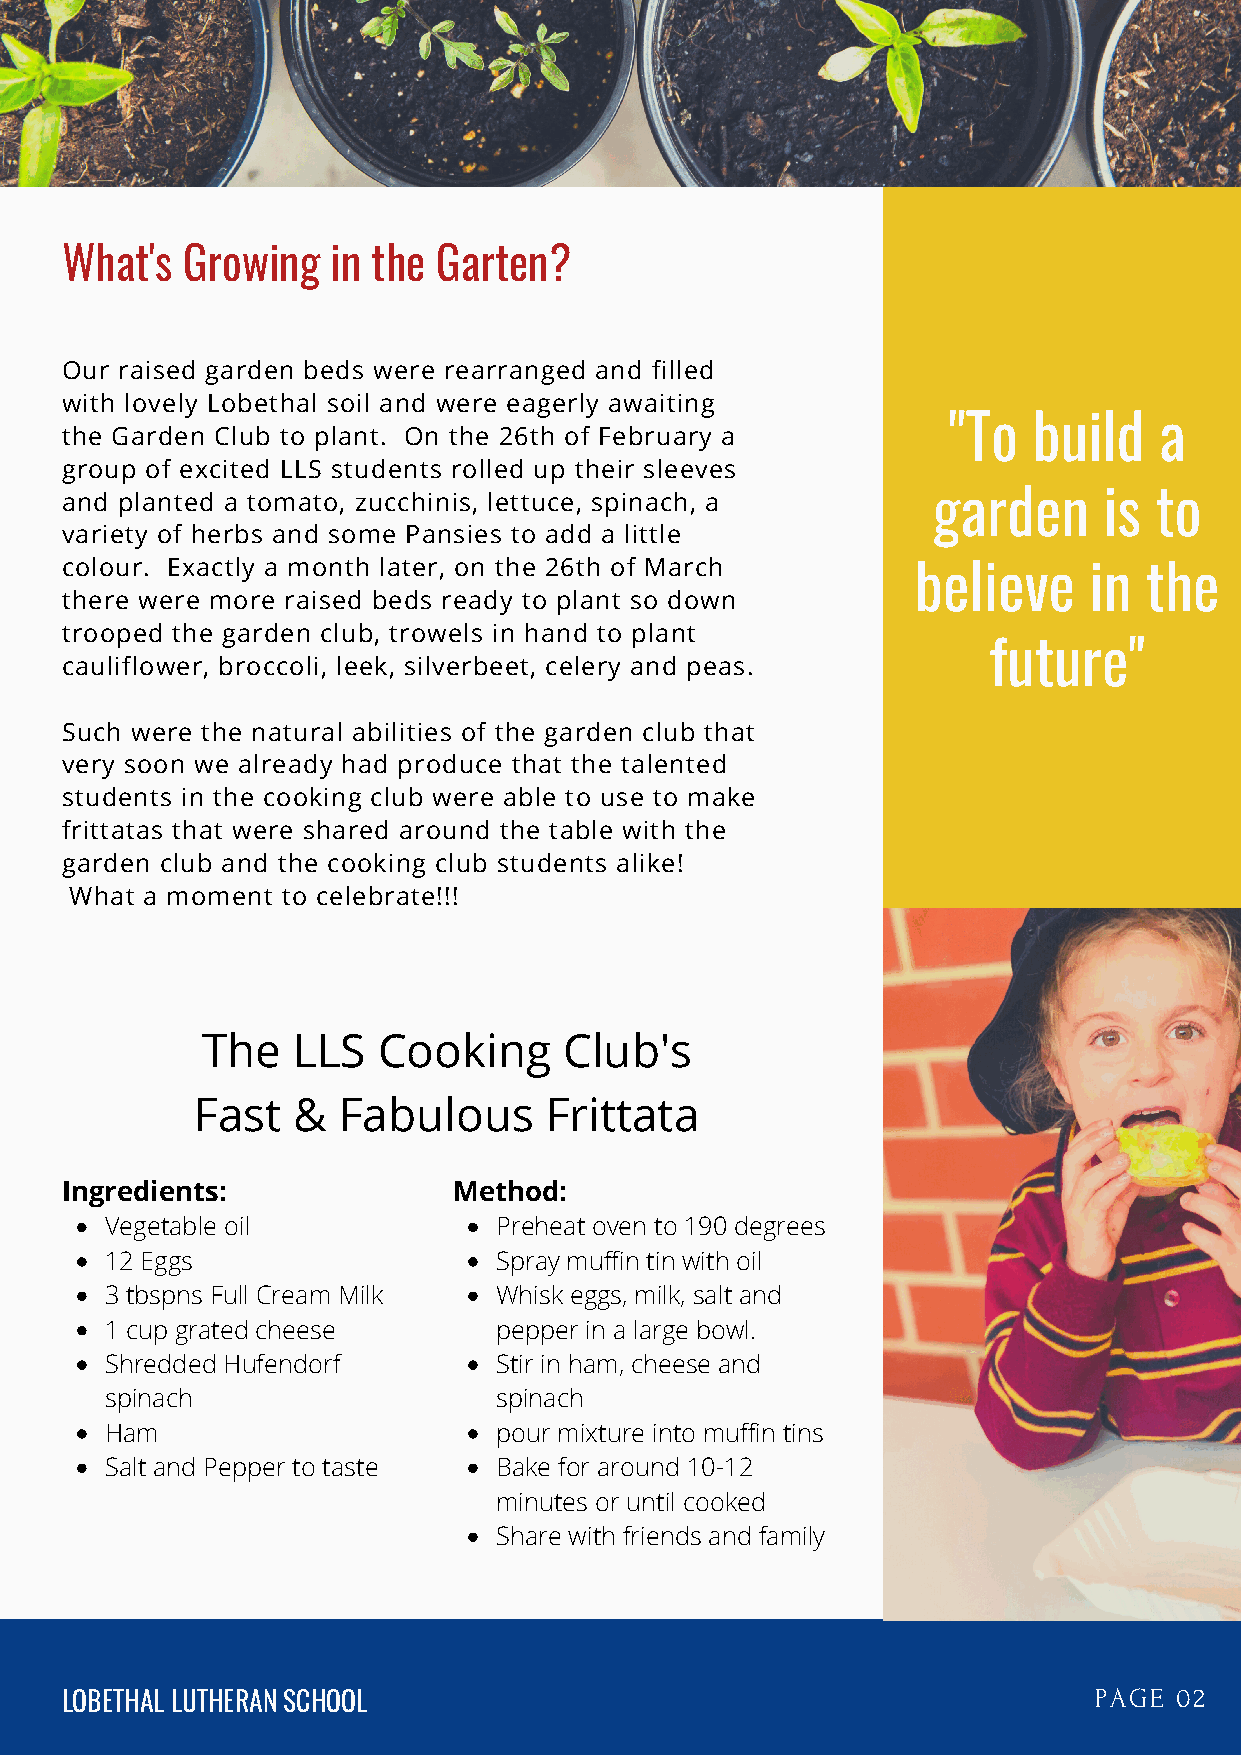
What's  Growing   in the Garten?
 Our raised garden beds were rearranged and filled
 with lovely Lobethal soil and were eagerly awaiting
 "To  build    a
 the Garden Club to plant. On the 26th of February a
 group of excited LLS students rolled up their sleeves
 and planted a tomato, zucchinis, lettuce, spinach, a      garden     is to
 variety of herbs and some Pansies to add a little
 colour. Exactly a month later, on the 26th of March
 believe    in  the
 there were more raised beds ready to plant so down
 trooped the garden club, trowels in hand to plant
 future"
 cauliflower, broccoli, leek, silverbeet, celery and peas.
 Such were the natural abilities of the garden club that
 very soon we already had produce that the talented
 students in the cooking club were able to use to make
 frittatas that were shared around the table with the
 garden club and the cooking club students alike!
 What a moment to celebrate!!!
 The   LLS   Cooking     Club's
 Fast  &  Fabulous      Frittata
 Ingredients:              Method:
 Vegetable oil             Preheat oven to 190 degrees
 12 Eggs                   Spray muffin tin with oil
 3 tbspns Full Cream Milk  Whisk eggs, milk, salt and
 1 cup grated cheese       pepper in a large bowl.
 Shredded Hufendorf        Stir in ham, cheese and
 spinach                   spinach
 Ham                       pour mixture into muffin tins
 Salt and Pepper to taste  Bake for around 10-12
 minutes or until cooked
 Share with friends and family
 LOBETHAL LUTHERAN SCHOOL                                            PAGE  02